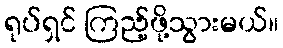
ရုပ်ရှင် ကြည့်ဖို့သွားမယ်။